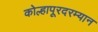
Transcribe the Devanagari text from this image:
कोल्हापूरदरम्यान